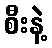
စီးနဲ့